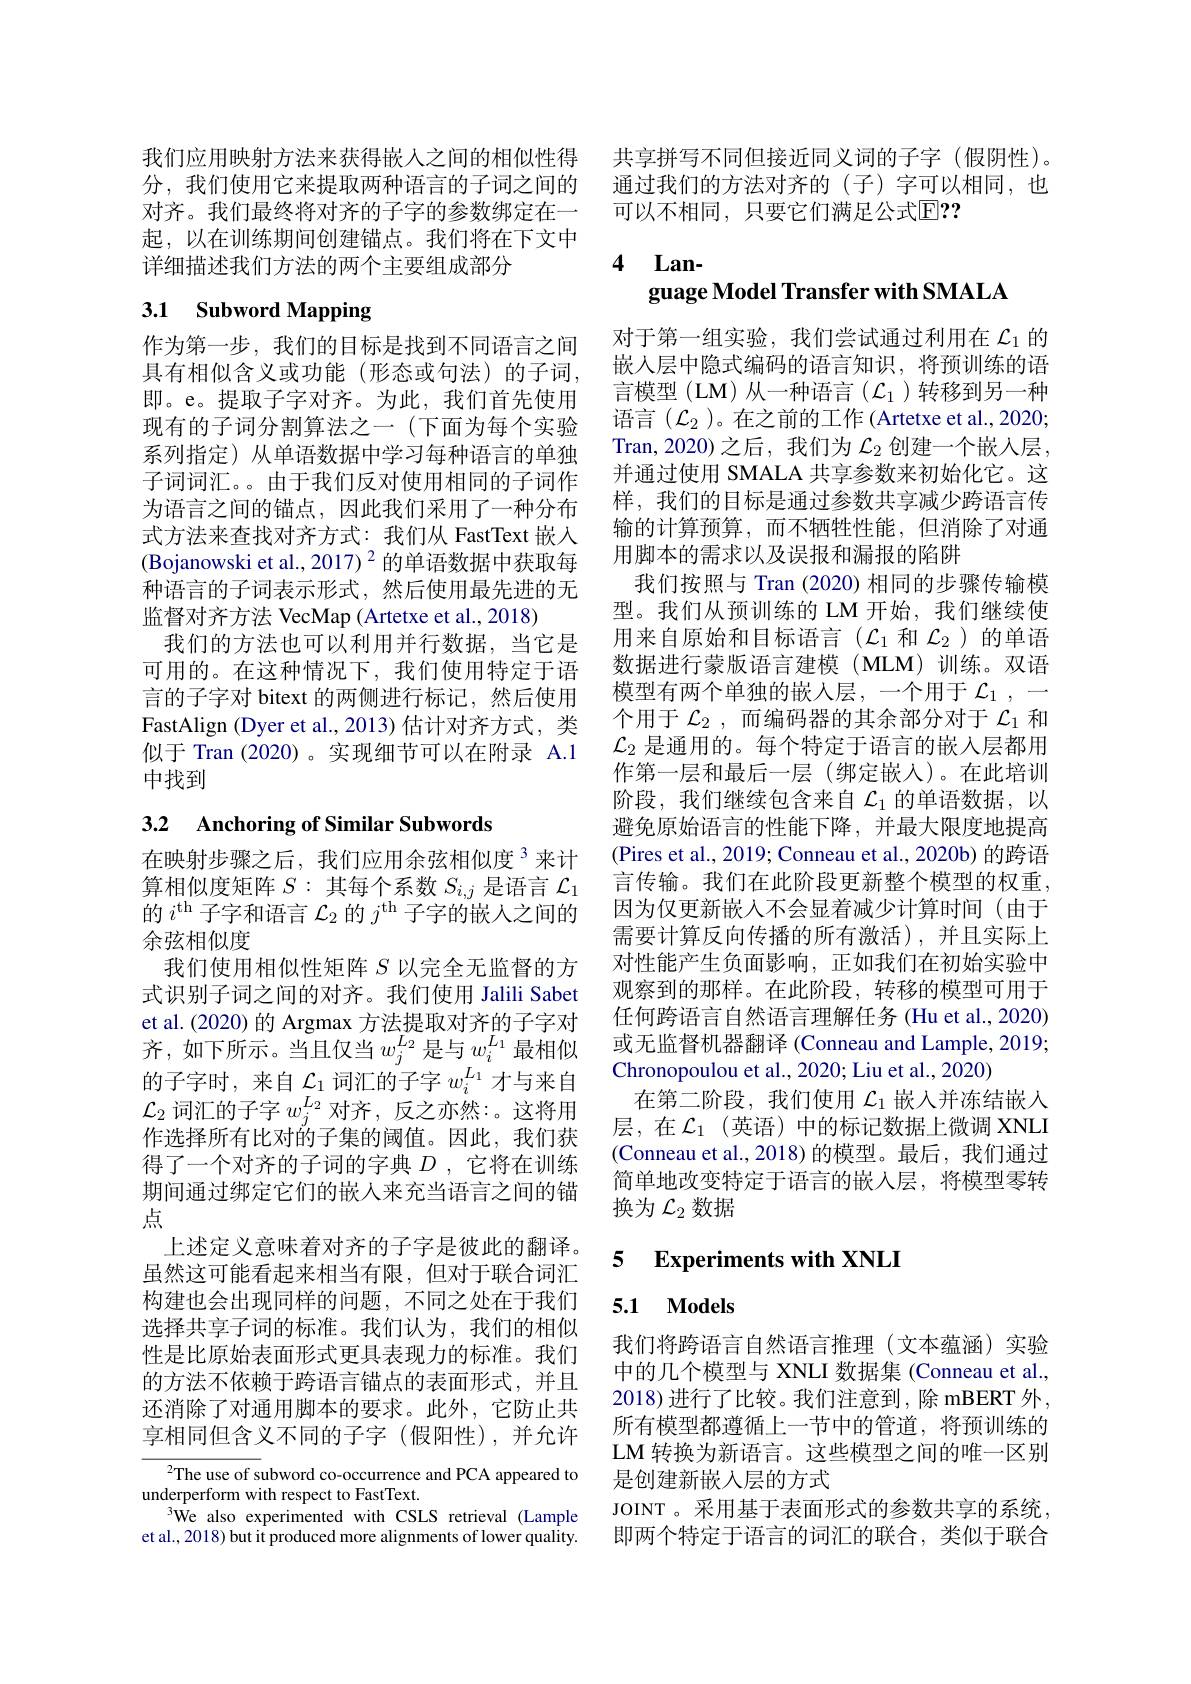
起，以在训练期间创建锚点。我们将在下文中
详细描述我们方法的两个主要组成部分

# 3.1 Subword Mapping

作为第一步，我们的目标是找到不同语言之间具有相似含义或功能(形态或句法)的子词， 即。e。提取子字对齐。为此，我们首先使用现有的子词分割算法之一(下面为每个实验系列指定)从单语数据中学习每种语言的单独子词词汇。。由于我们反对使用相同的子词作为语言之间的锚点，因此我们采用了一种分布式方法来查找对齐方式：我们从 FastText 嵌入(Bojanowski et al., 2017) $^2$的单语数据中获取每种语言的子词表示形式，然后使用最先进的无监督对齐方法 VecMap (Artetxe et al., 2018)
我们的方法也可以利用并行数据，当它是可用的。在这种情况下，我们使用特定于语言的子字对 bitext 的两侧进行标记，然后使用FastAlign (Dyer et al., 2013) 估计对齐方式，类似于 Tran (2020)。实现细节可以在附录 A.1中找到

## 3.2 Anchoring of Similar Subwords

在映射步骤之后，我们应用余弦相似度$^{3}$来计算相似度矩阵$S:$其每个系数$S_i,j$是语言$\mathcal{L}_1$ 的$i^\mathrm{th}$子字和语言$\mathcal{L}_2$的$j^\mathrm{th}$子字的嵌人之间的余弦相似度
我们使用相似性矩阵$S$以完全无监督的方式识别子词之间的对齐。我们使用 Jalili Sabet et al.(2020) 的 Argmax 方法提取对齐的子字对齐，如下所示。当且仅当$w_j^L_2$是与$w_i^{L_1}$最相似的子字时，来自$\mathcal{L}_1$词汇的子字 $w_i^L_1$ 才与来自$\mathcal{L}_2$词汇的子字$w_j^L_2$对齐，反之亦然：。这将用作选择所有比对的子集的阈值。因此，我们获得了一个对齐的子词的字典$D$ ,它将在训练期间通过绑定它们的嵌人来充当语言之间的锚点
上述定义意味着对齐的子字是彼此的翻译。虽然这可能看起来相当有限，但对于联合词汇构建也会出现同样的问题，不同之处在于我们选择共享子词的标准。我们认为，我们的相似性是比原始表面形式更具表现力的标准。我们的方法不依赖于跨语言锚点的表面形式，并且还消除了对通用脚本的要求。此外，它防止共享相同但含义不同的子字(假阳性),并允许

$^{2}$The use of subword co-occurrence and PCA appeared to
underperform with respect to FastText.
We also experimented with CSLS retrieval (Lample et al., 2018) but it produced more alignments of lower quality.

我们应用映射方法来获得嵌人之间的相似性得 共享拼写不同但接近同义词的子字 (假阴性)。分，我们使用它来提取两种语言的子词之间的 通过我们的方法对齐的(子)字可以相同，也对齐。我们最终将对齐的子字的参数绑定在一 可以不相同，只要它们满足公式$\overline {\mathrm{E} }\mathbf{r} \mathbf{? }$

4 Lan-

guage Model Transfer with SMALA

对于第一组实验，我们尝试通过利用在$\mathcal{L}_1$的嵌入层中隐式编码的语言知识，将预训练的语言模型(LM)从一种语言($\mathcal{L}_1$)转移到另一种语言$(\mathcal{L}_2$ )。在之前的工作 (Artetxe et al., 2020; Tran,2020)之后，我们为$\mathcal{L}_2$创建一个嵌入层， 并通过使用 SMALA 共享参数来初始化它。这样，我们的目标是通过参数共享减少跨语言传输的计算预算，而不牺牲性能，但消除了对通用脚本的需求以及误报和漏报的陷阱
我们按照与 Tran (2020) 相同的步骤传输模型。我们从预训练的 LM 开始，我们继续使用来自原始和目标语言($\mathcal{L}_1$和$\mathcal{L}_2$ )的单语数据进行蒙版语言建模(MLM)训练。双语模型有两个单独的嵌入层，一个用于 $\mathcal{L}_1$,一个用于$\mathcal{L}_2$,而编码器的其余部分对于$\mathcal{L}_1$和$\mathcal{L}_2$是通用的。每个特定于语言的嵌入层都用作第一层和最后一层(绑定嵌入)。在此培训阶段，我们继续包含来自$\mathcal{L}_1$ 的单语数据，以避免原始语言的性能下降，并最大限度地提高(Pires et al., 2019; Conneau et al., 2020b) 的跨语言传输。我们在此阶段更新整个模型的权重， 因为仅更新嵌人不会显着减少计算时间(由于需要计算反向传播的所有激活),并且实际上对性能产生负面影响，正如我们在初始实验中观察到的那样。在此阶段，转移的模型可用于任何跨语言自然语言理解任务 (Hu et al., 2020) 或无监督机器翻译 (Conneau and Lample, 2019; Chronopoulou et al., 2020; Liu et al., 2020)
在第二阶段，我们使用$\mathcal{L}_1$嵌入并冻结嵌人层，在$\mathcal{L}_1$(英语)中的标记数据上微调 XNLI (Conneau et al.,2018)的模型。最后，我们通过简单地改变特定于语言的嵌入层，将模型零转换为$\mathcal{L}_2$数据

# 5 Experiments with XNLI

## 5.1 Models

我们将跨语言自然语言推理(文本蕴涵)实验中的几个模型与 XNLI 数据集 (Conneau et al., 2018) 进行了比较。我们注意到，除 mBERT 外， 所有模型都遵循上一节中的管道，将预训练的LM 转换为新语言。这些模型之间的唯一区别是创建新嵌入层的方式
JOINT 。采用基于表面形式的参数共享的系统， 即两个特定于语言的词汇的联合，类似于联合